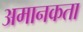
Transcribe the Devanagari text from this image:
अमानकता